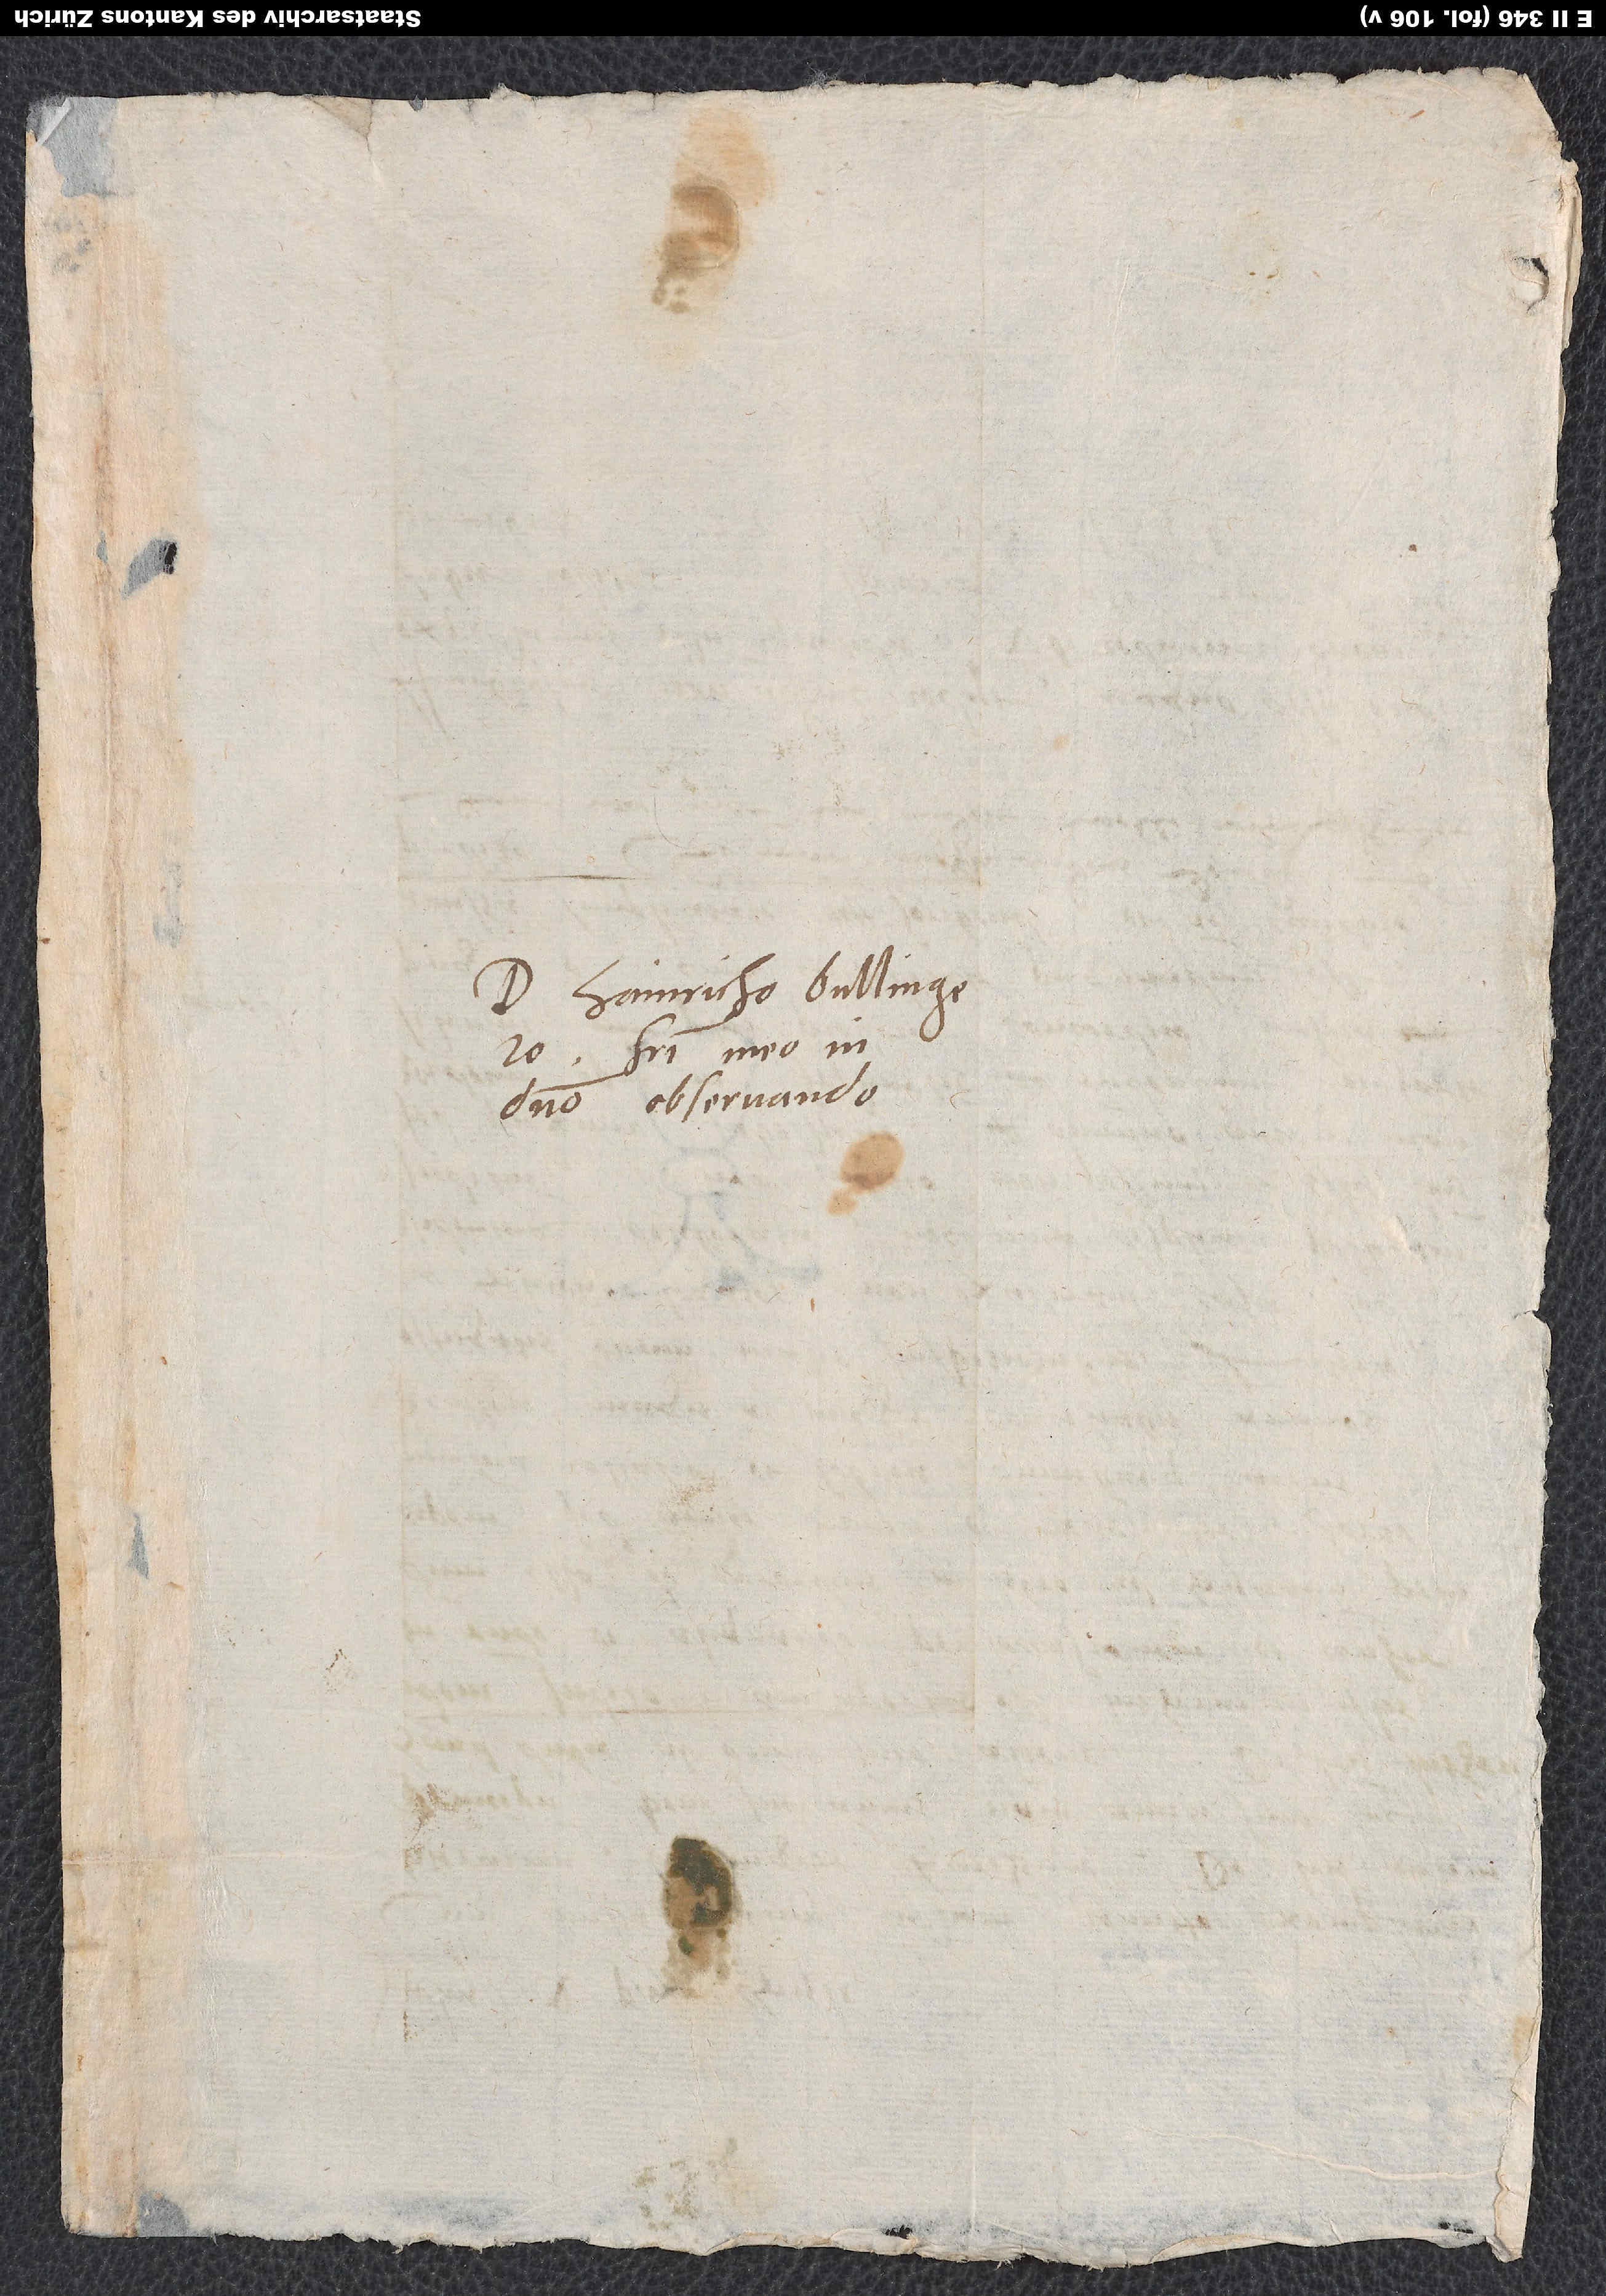
Domino Hainricho Bullingero,
fratri meo in
domino observando.